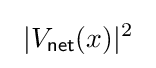
\ |V_{\mathsf {net}}(x)|^{2}\